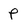
Character: p